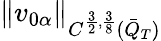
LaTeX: \| v_{0\alpha}\| _{C^{\frac{3}{2},\frac{3}{8}}(\bar{Q}_{T})}